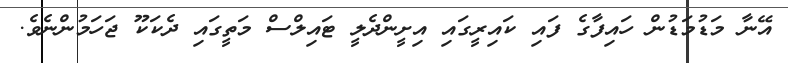
އޭނާ މަޑުމަޑުން ހައިފާގެ ފައި ކައިރީގައި އިށީންދެލީ ޓައިލްސް މަތީގައި ދެކަކޫ ޖަހަމުންނެވެ.